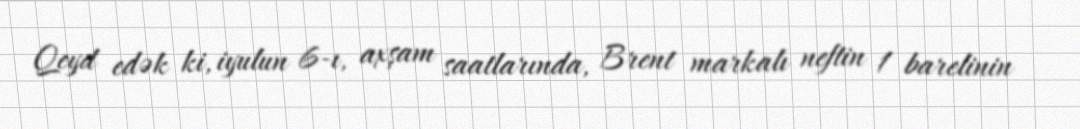
Qeyd edək ki, iyulun 6-ı, axşam saatlarında, Brent markalı neftin 1 barelinin